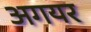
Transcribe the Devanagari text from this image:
अगयर